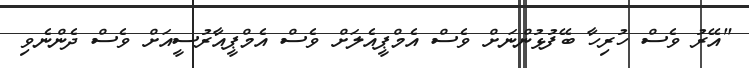
"އޭރު ވެސް ހުރިހާ ބޭފުޅުންނަށް ވެސް އެމްޕީއެލަށް ވެސް އެމްޕީއާރުސީއަށް ވެސް ދެންނެވި